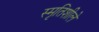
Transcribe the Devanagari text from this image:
स्मृतिशीले